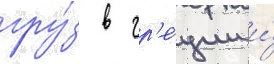
гру́з в гр'е́ции и́